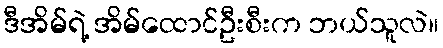
ဒီအိမ်ရဲ့ အိမ်ထောင်ဦးစီးက ဘယ်သူလဲ။